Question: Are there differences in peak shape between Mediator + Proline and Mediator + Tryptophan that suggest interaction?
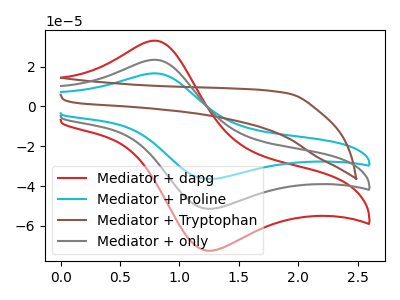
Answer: <think>The red curve "Mediator + dapg" has an anodic peak at (0.80V, 46.85uA) and a cathodic peak at (1.25V, -102.70uA). The cyan curve "Mediator + Proline" has an anodic peak at (0.80V, 16.60uA) and a cathodic peak at (1.25V, -36.45uA). The brown curve "Mediator + Tryptophan" has no peaks. The gray curve "Mediator + only" has an anodic peak at (0.80V, 23.45uA) and a cathodic peak at (1.25V, -51.35uA).
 "Mediator + Proline" and "Mediator + Tryptophan" have a different number of peaks.</think>
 <answer>Yes, "Mediator + Proline" and "Mediator + Tryptophan" are different in shape.</answer>
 <eval>yes_change</eval>